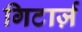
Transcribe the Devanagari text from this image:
गिटार्ज़